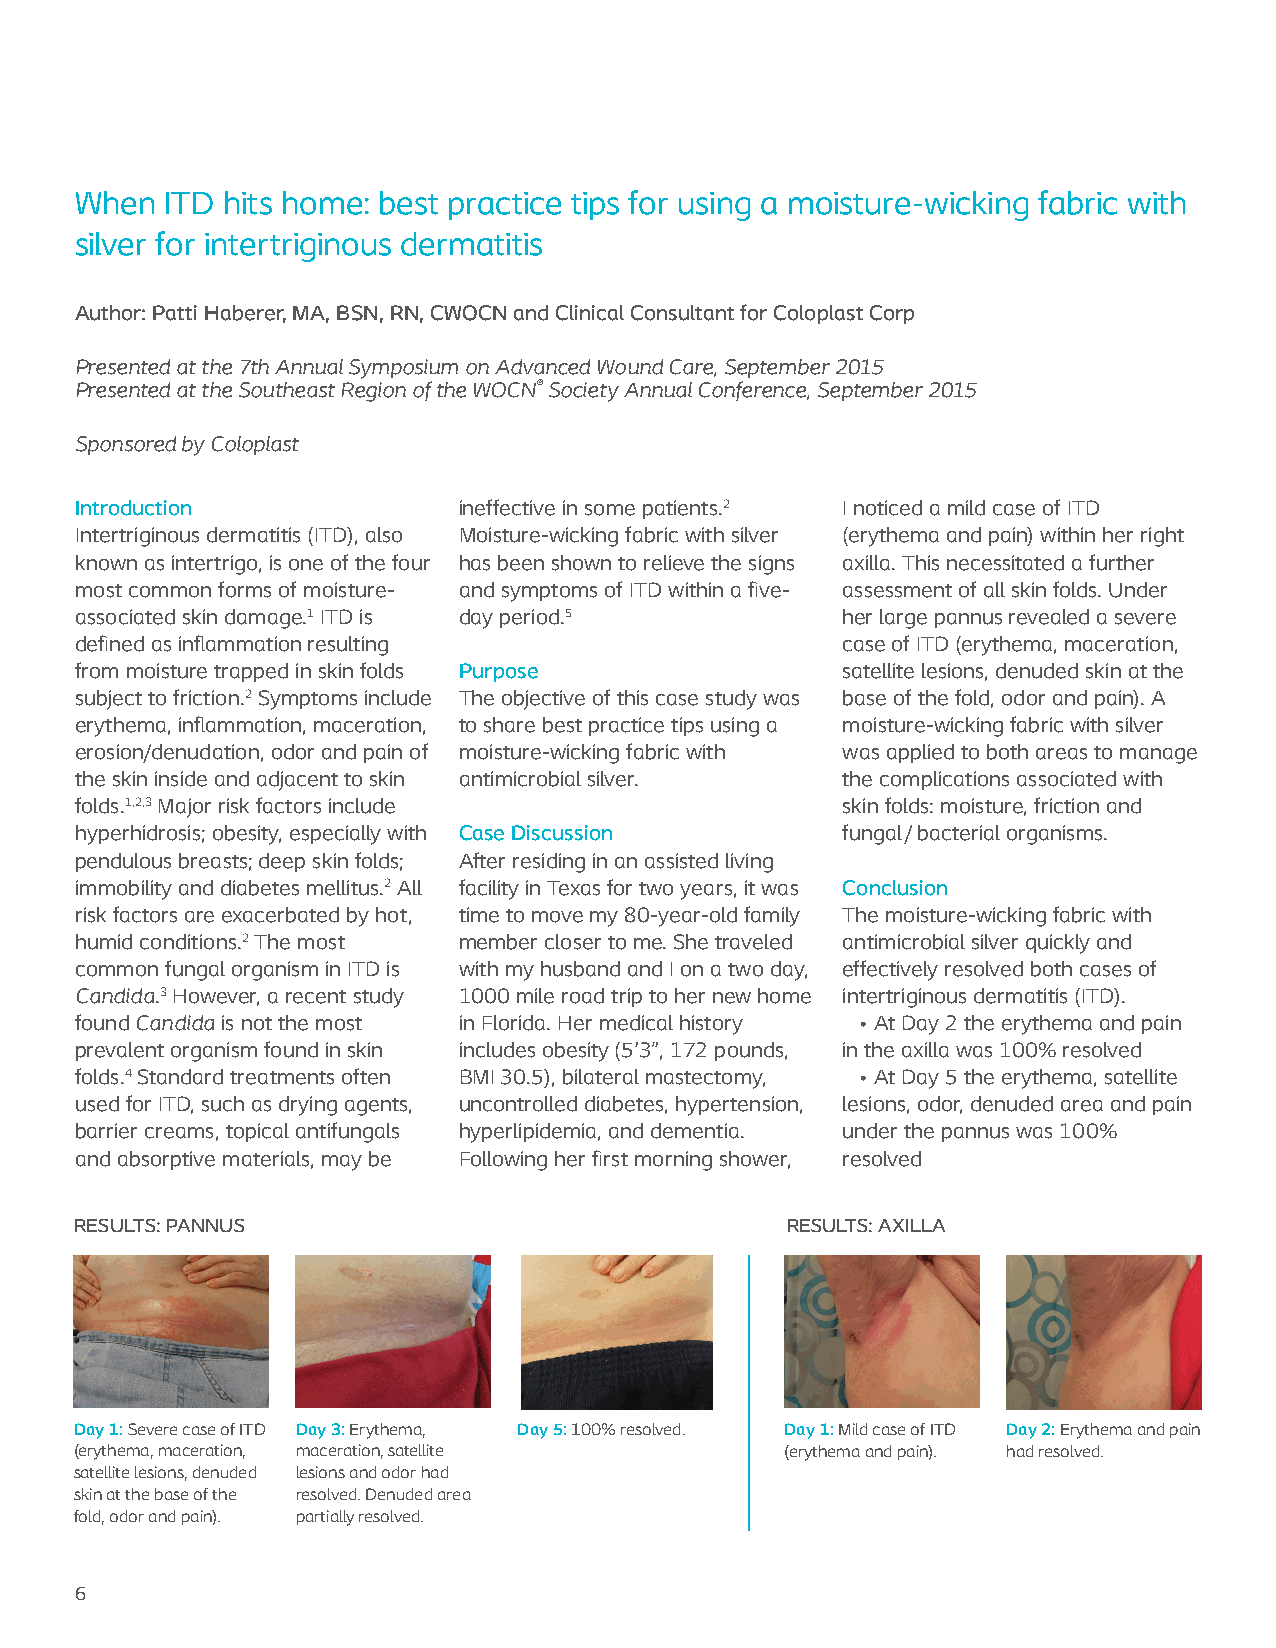
When  ITD hits home: best practice tips for using a moisture-wicking fabric with
 silver for intertriginous dermatitis
 Author: Patti Haberer, MA, BSN, RN, CWOCN and Clinical Consultant for Coloplast Corp
 Presented at the 7th Annual Symposium on Advanced Wound Care, September 2015
 Presented at the Southeast Region of the WOCN® Society Annual Conference, September 2015
 Sponsored by Coloplast
 Introduction             ineffective in some patients.2 I noticed a mild case of ITD
 Intertriginous dermatitis (ITD), also Moisture-wicking fabric with silver (erythema and pain) within her right
 known as intertrigo, is one of the four has been shown to relieve the signs axilla. This necessitated a further
 most common forms of moisture- and symptoms of ITD within a five- assessment of all skin folds. Under
 associated skin damage.1 ITD is day period.5       her large pannus revealed a severe
 defined as inflammation resulting                  case of ITD (erythema, maceration,
 from moisture trapped in skin folds Purpose        satellite lesions, denuded skin at the
 subject to friction.2 Symptoms include The objective of this case study was base of the fold, odor and pain). A
 erythema, inflammation, maceration, to share best practice tips using a moisture-wicking fabric with silver
 erosion/denudation, odor and pain of moisture-wicking fabric with was applied to both areas to manage
 the skin inside and adjacent to skin antimicrobial silver. the complications associated with
 folds.1,2,3 Major risk factors include             skin folds: moisture, friction and
 hyperhidrosis; obesity, especially with Case Discussion fungal / bacterial organisms.
 pendulous breasts; deep skin folds; After residing in an assisted living
 immobility and diabetes mellitus.2 All facility in Texas for two years, it was Conclusion
 risk factors are exacerbated by hot, time to move my 80-year-old family The moisture-wicking fabric with
 humid conditions.2 The most member closer to me. She traveled antimicrobial silver quickly and
 common fungal organism in ITD is with my husband and I on a two day, effectively resolved both cases of
 Candida.3 However, a recent study 1000 mile road trip to her new home intertriginous dermatitis (ITD).
 found Candida is not the most in Florida. Her medical history • At Day 2 the erythema and pain
 prevalent organism found in skin includes obesity (5'3", 172 pounds, in the axilla was 100% resolved
 folds.4 Standard treatments often BMI 30.5), bilateral mastectomy, • At Day 5 the erythema, satellite
 used for ITD, such as drying agents, uncontrolled diabetes, hypertension, lesions, odor, denuded area and pain
 barrier creams, topical antifungals hyperlipidemia, and dementia. under the pannus was 100%
 and absorptive materials, may be Following her first morning shower, resolved
 RESULTS: PANNUS                                RESULTS: AXILLA
 Day 1: Severe case of ITD Day 3: Erythema, Day 5: 100% resolved. Day 1: Mild case of ITD Day 2: Erythema and pain
 (erythema, maceration, maceration, satellite   (erythema and pain). had resolved.
 satellite lesions, denuded lesions and odor had
 skin at the base of the resolved. Denuded area
 fold, odor and pain). partially resolved.
 6